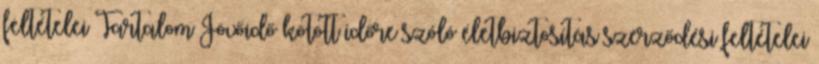
feltételei Tartalom Jövőidő kötött időre szóló életbiztosítás szerződési feltételei